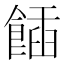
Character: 𩝟